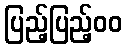
ပြည့်ပြည့်၀၀